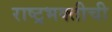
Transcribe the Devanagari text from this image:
राष्ट्रभक्तीची